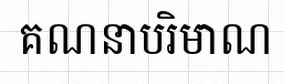
គណនាបរិមាណ